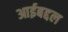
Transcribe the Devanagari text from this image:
आईबद्दल